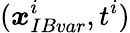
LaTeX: (\boldsymbol{x}_{IBvar}^{i},t^{i})